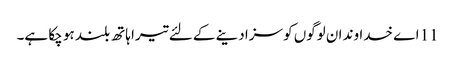
11 اے خدا وند ان لوگوں کو سزا دینے کے لئے تیرا ہاتھ بلند ہو چکا ہے۔